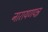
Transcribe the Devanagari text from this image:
नारायणपन्न